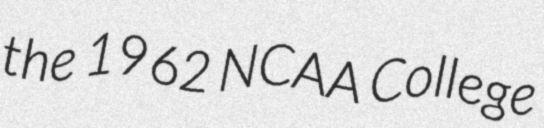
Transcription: the 1962 NCAA College